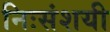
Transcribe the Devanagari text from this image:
निःसंशयी